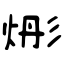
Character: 烿